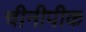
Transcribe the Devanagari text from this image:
चीनीपीक